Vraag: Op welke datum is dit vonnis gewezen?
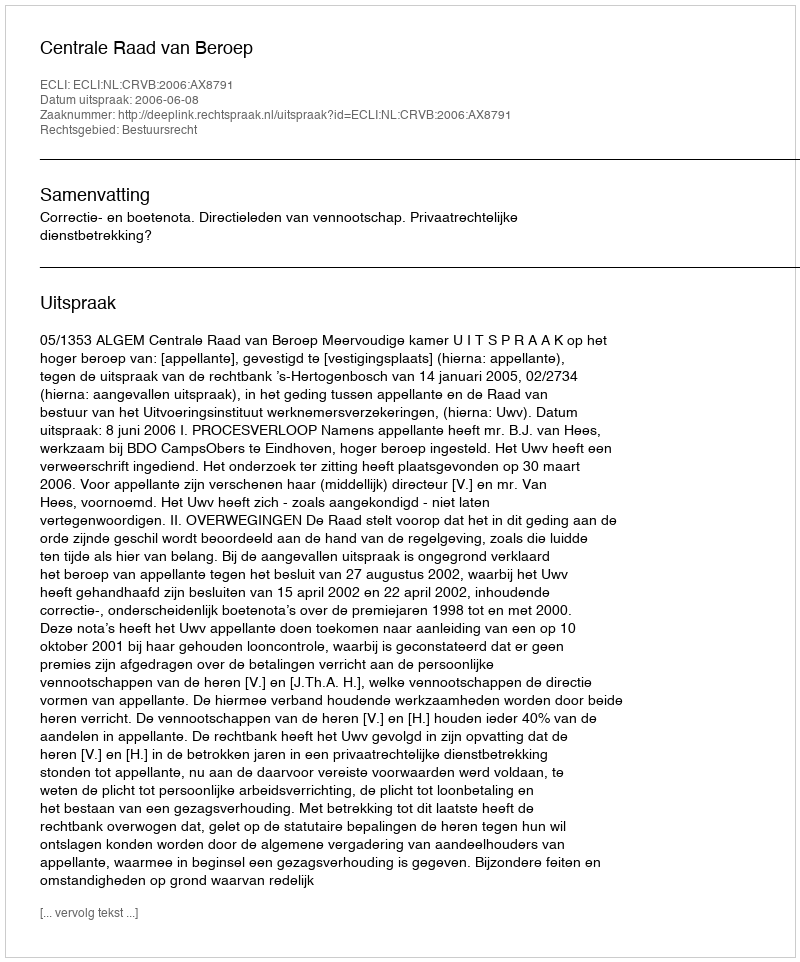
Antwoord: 2006-06-08